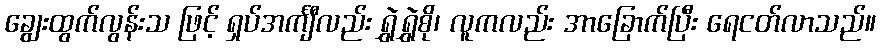
ချွေးထွက်လွန်းသ ဖြင့် ရှပ်အင်္ကျီလည်း ရွှဲရွှဲစို၊ လူကလည်း အာခြောက်ပြီး ရေငတ်လာသည်။